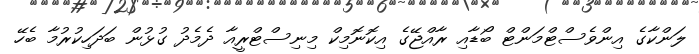
ލަންކާގެ އިންވެސްޓްމަންޓް ބޯޑާއި ރާއްޖޭގެ އިކޮނޮމިކް މިނިސްޓްރީއާ ދެމެދު ގުޅުން ބަދަހިކުރުމާ ބެހޭ